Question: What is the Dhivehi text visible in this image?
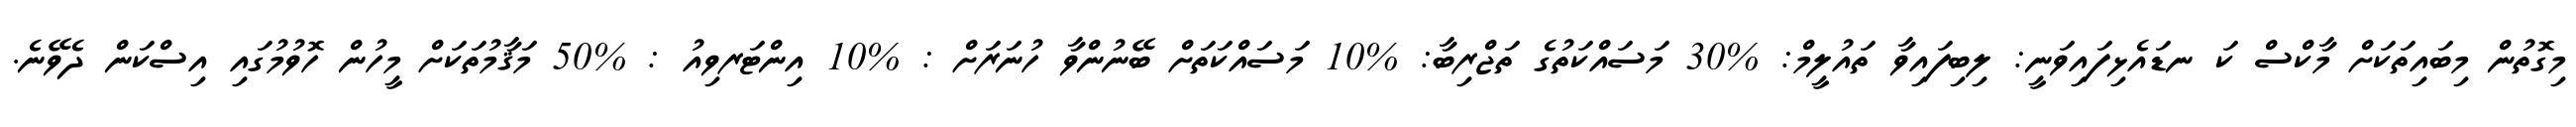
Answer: މިގޮތުން މިބައިތަކަށް މާކްސް ކަ ނޑައެޅިފައިވަނީ: ލިބިފައިވާ ތައުލީމް: %30 މަސައްކަތުގެ ތަޖްރިބާ: %10 މަސައްކަތަށް ބޭނުންވާ ހުނަރަށް : %10 އިންޓަރވިއު : %50 މަޤާމުތަކަށް މީހުން ހޮވުމުގައި އިސްކަން ދެވޭނެ.